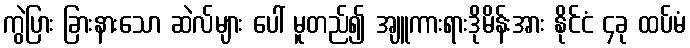
ကွဲပြား ခြားနားသော ဆဲလ်များ ပေါ် မူတည်၍ အျူကားရားဒိုမိန်းအား နိုင်ငံ ၄ခု ထပ်မံ